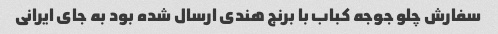
سفارش چلو جوجه کباب با برنج هندی ارسال شده بود به جای ایرانی